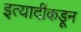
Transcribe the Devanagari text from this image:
इत्यादींकडून